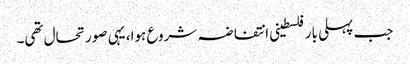
جب پہلی بار فلسطینی انتفاضہ شروع ہوا، یہی صورتحال تھی۔